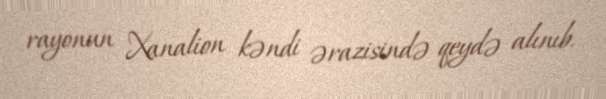
rayonun Xanalion kəndi ərazisində qeydə alınıb.